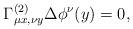
LaTeX: \begin{align*}\Gamma^{(2)}_{\mu x, \nu y}\Delta \phi^\nu(y)=0,\end{align*}